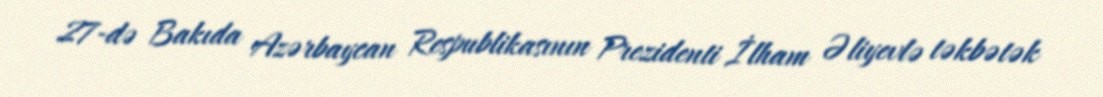
27-də Bakıda Azərbaycan Respublikasının Prezidenti İlham Əliyevlə təkbətək